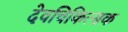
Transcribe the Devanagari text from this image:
देवचिकित्सक